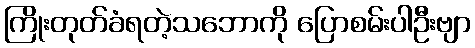
ကြိုးတုတ်ခံရတဲ့သဘောကို ပြောစမ်းပါဦးဗျာ